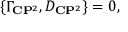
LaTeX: \{ { \Gamma } _ { { \bf C } { \bf P } ^ { 2 } } , { \cal D } _ { { \bf C } { \bf P } ^ { 2 } } \} = 0 ,